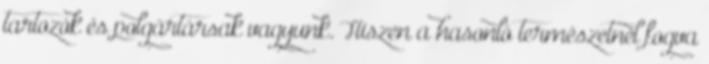
tartozók és polgártársak vagyunk. Hiszen a hasonló természetnél fogva